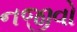
નજીવો